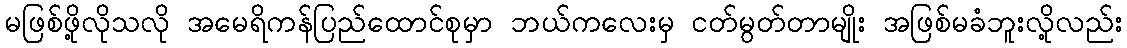
မဖြစ်ဖို့လိုသလို အမေရိကန်ပြည်ထောင်စုမှာ ဘယ်ကလေးမှ ငတ်မွတ်တာမျိုး အဖြစ်မခံဘူးလို့လည်း